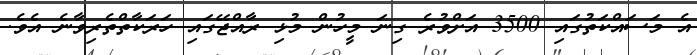
އެ މަސައްކަތުގައި 3500 އަށްވުރެ ގިނަ މީހުން މުޅި ރާއްޖޭގައި ހަރަކާތްތެރިވާނެ އެވެ.